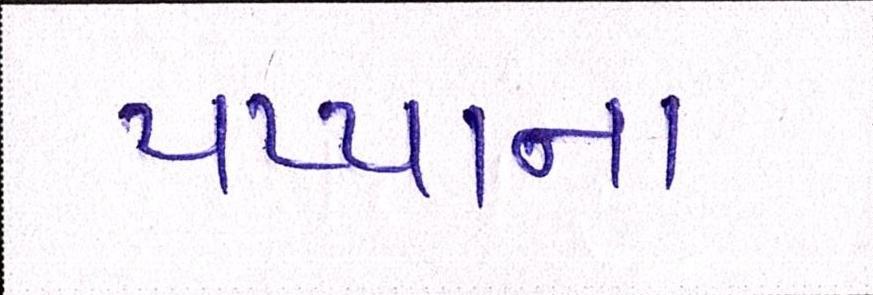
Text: પપ્પાના